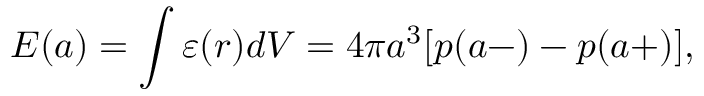
E ( a ) = \int { \varepsilon ( r ) d V } = 4 \pi a ^ { 3 } [ p ( a - ) - p ( a + ) ] ,